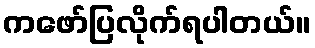
ကဖော်ပြလိုက်ရပါတယ်။